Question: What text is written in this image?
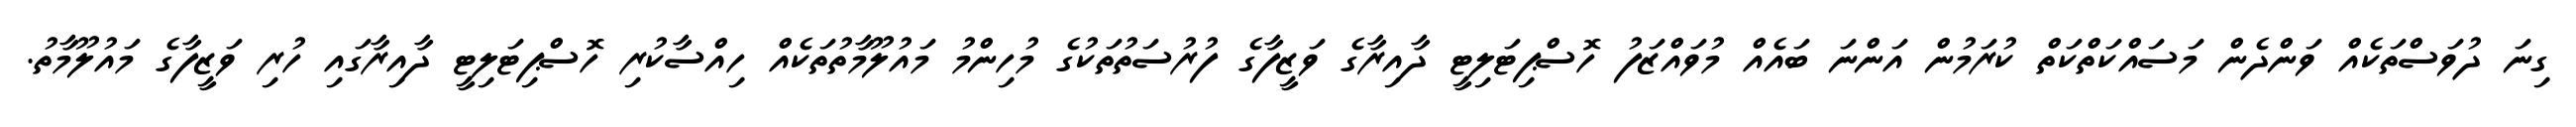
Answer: ގިނަ ދުވަސްތަކެއް ވަންދެން މަސައްކަތްކަތް ކުރަމުން އަންނަ ބައެއް މުވައްޒަފު ހޮސްޕިޓަލިޓީ ދާއިރާގެ ވަޒީފާގެ ފުރުސަތުތަކުގެ މުހިންމު މައުލޫމާތުތަކެއް ހިއްސާކުރި ހޮސްޕިޓަލިޓީ ދާއިރާގައި ހުރި ވަޒީފާގެ މައުލޫމާތު.